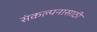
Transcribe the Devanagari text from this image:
संकल्पनासाठी